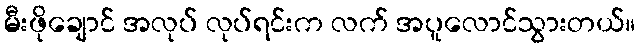
မီးဖိုချောင် အလုပ် လုပ်ရင်းက လက် အပူလောင်သွားတယ်။